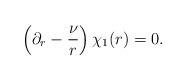
LaTeX: \begin{align*}\left(\partial_r -\frac{\nu}{r}\right)\chi_1(r)=0.\end{align*}